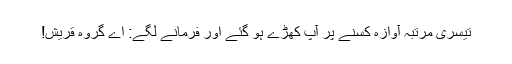
تیسری مرتبہ آوازہ کسنے پر آپؐ کھڑے ہو گئے اور فرمانے لگے: اے گروہ قریش!